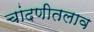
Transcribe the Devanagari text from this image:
चांदणीतलाव